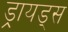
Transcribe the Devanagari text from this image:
ड्रायड्स